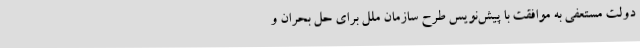
دولت مستعفی به موافقت با پیش‌نویس طرح سازمان ملل برای حل بحران و